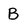
Character: B